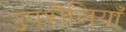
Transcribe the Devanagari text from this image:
उपशैलियाँ